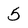
Character: 5